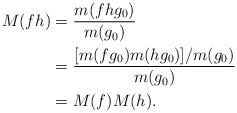
LaTeX: \begin{align*}M(f h) &= \frac{m(f h g_0)}{m(g_0)}\\& = \frac{[m (f g_0) m(h g_0)] / m(g_0)}{m(g_0)}\\& = M(f) M(h).\end{align*}